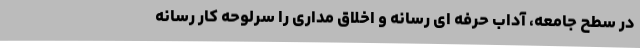
در سطح جامعه، آداب حرفه ای رسانه و اخلاق مداری را سرلوحه کار رسانه